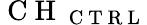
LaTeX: \mathrm{~C~H~}_{\mathrm{~C~T~R~L~}}